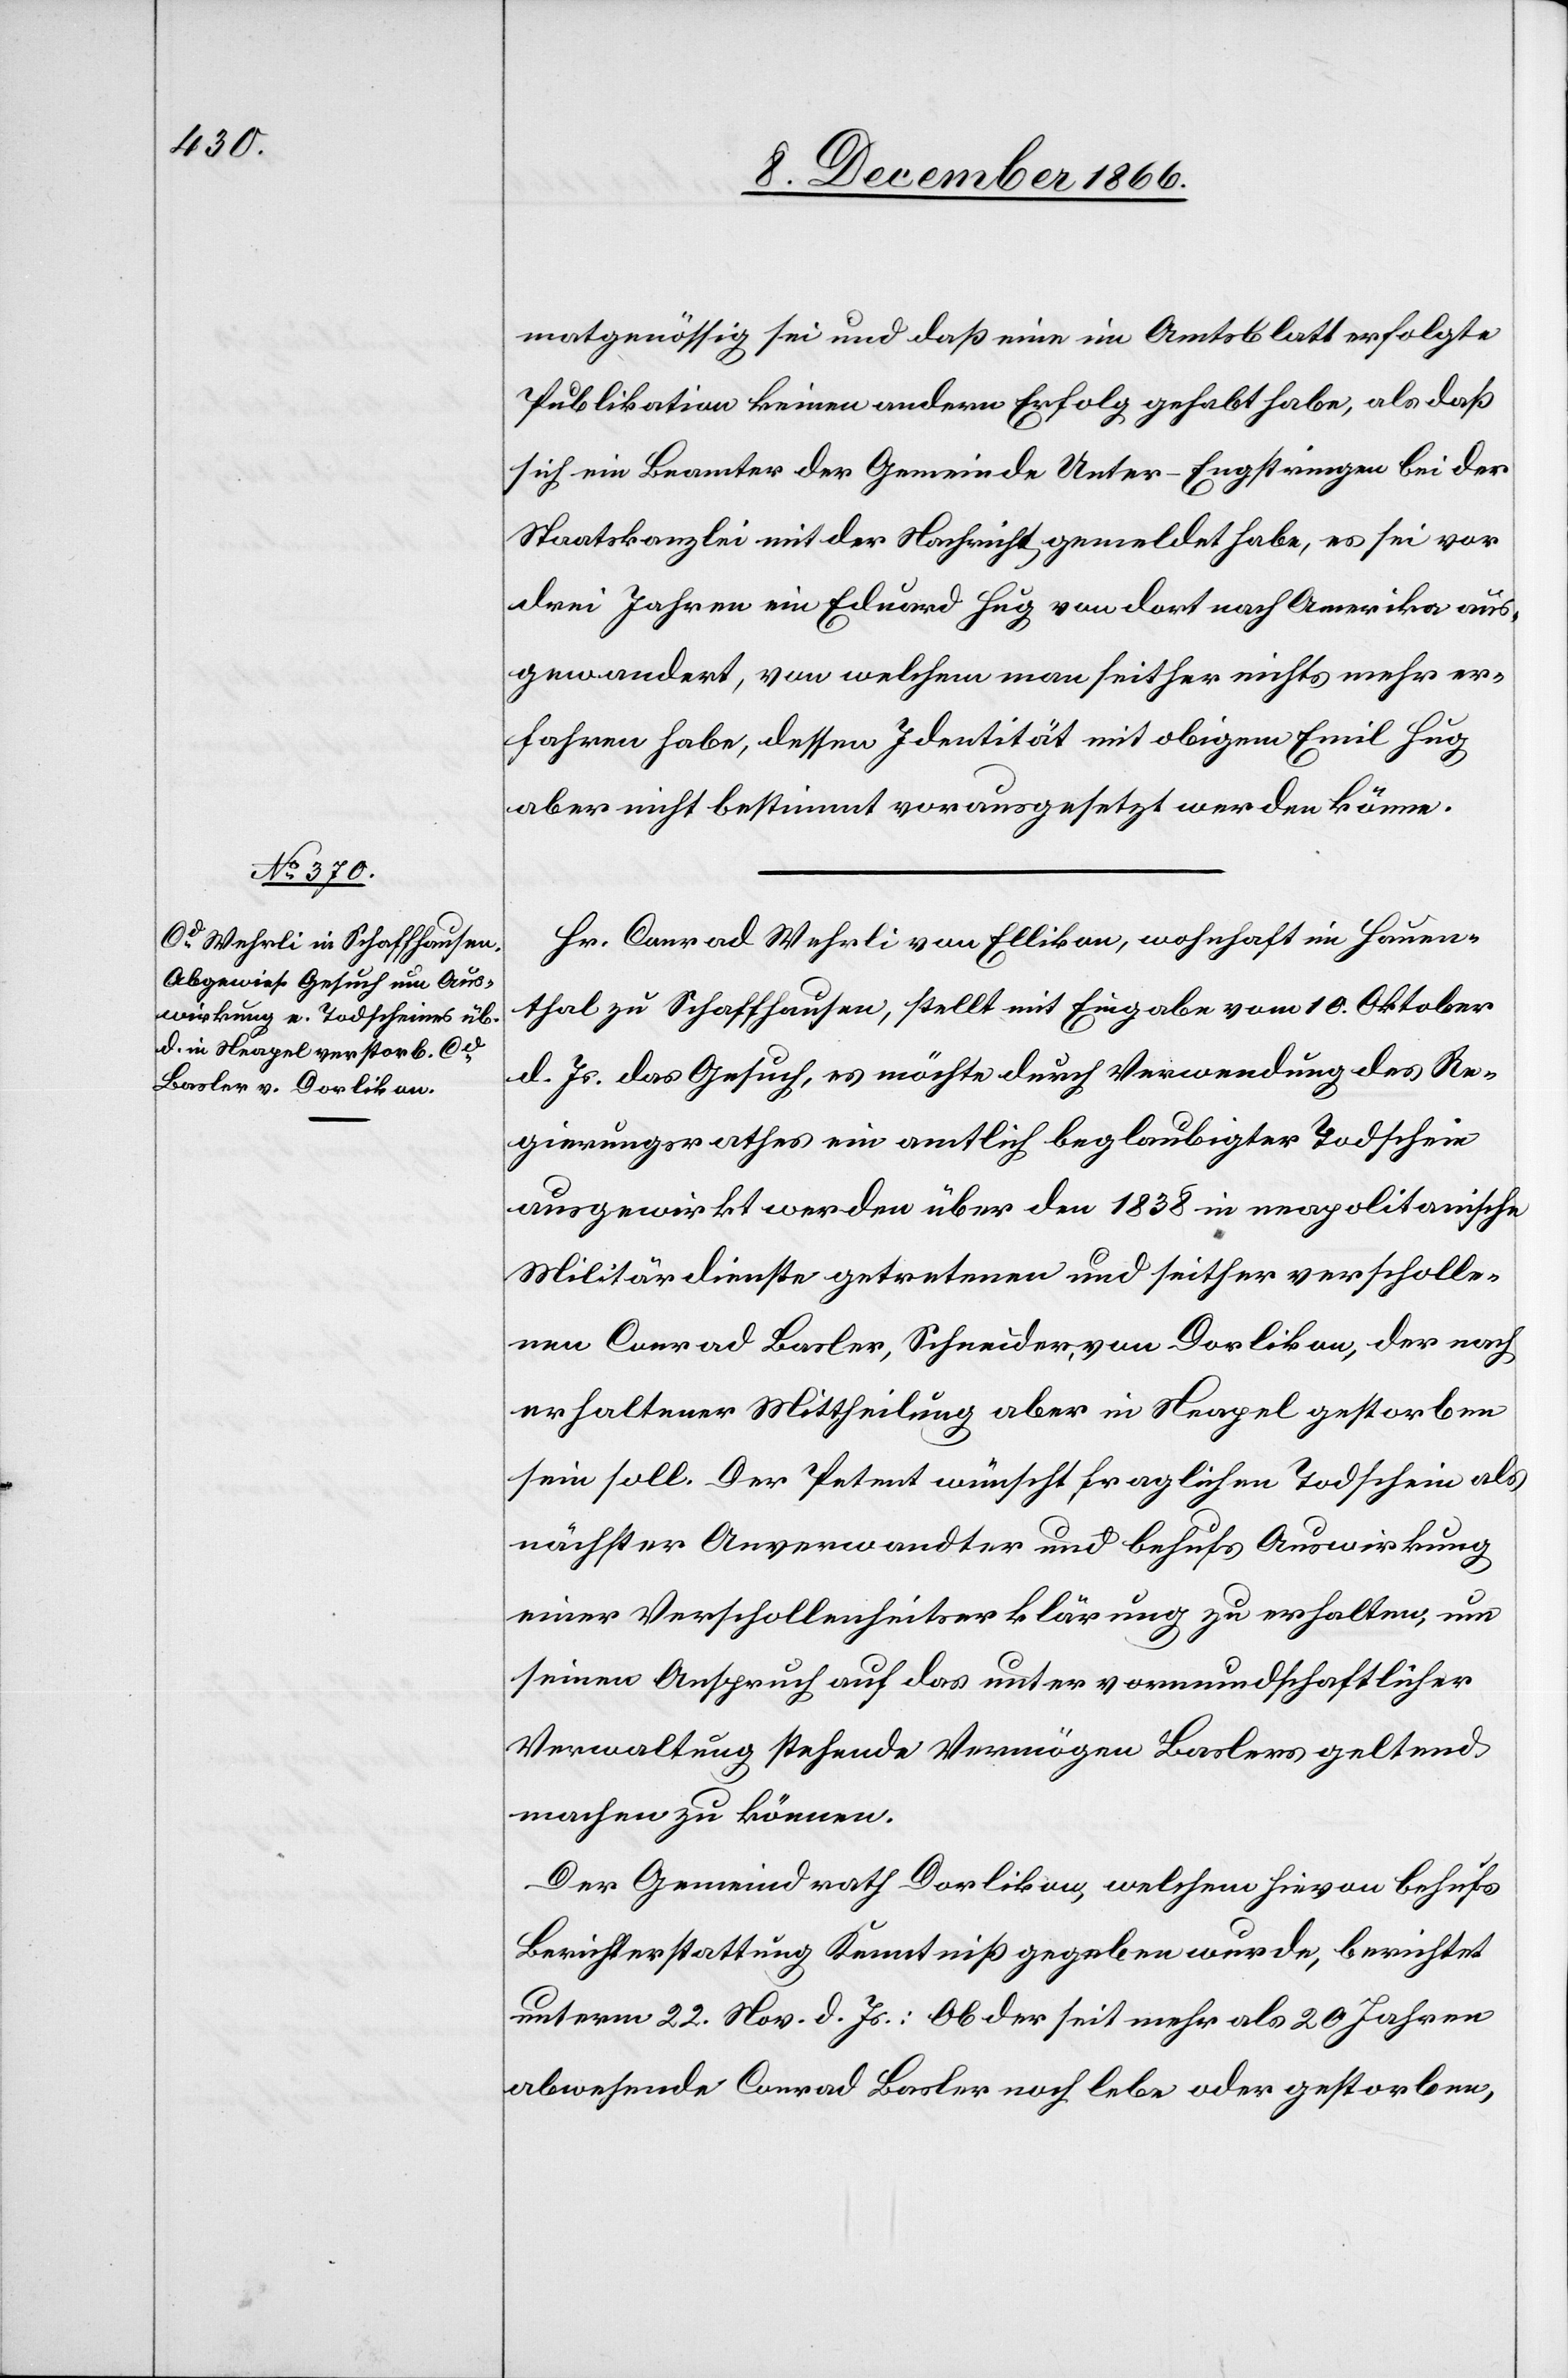
11. December 1866.]
matgenössig sei und daß eine im Amtsblatt erfolgte
Publikation keinen andern Erfolg gehabt habe, als daß
sich ein Beamter der Gemeinde Unter-Engstringen bei der
Staatskanzlei mit der Nachricht gemeldet habe, es sei vor
drei Jahren ein Eduard Hug von dort nach Amerika aus¬
gewandert, von welchem man seither nichts mehr er¬
fahren habe, dessen Identität mit obigem Emil Hug
aber nicht bestimmt vorausgesetzt werden könne.
Hr. Conrad Wehrli von Ellikon, wohnhaft im Hauen¬
thal zu Schaffhausen, stellt mit Eingabe vom 10. Oktober
d. Js. das Gesuch, es möchte durch Verwendung des Re¬
gierungsrathes ein amtlich beglaubigter Todschein
ausgewirkt werden über den 1838 in neapolitanische
Militärdienste getretenen und seither verscholle¬
nen Conrad Basler, Schneider, von Dorlikon, der nach
erhaltener Mittheilung aber in Neapel gestorben
sein soll. Der Petent wünscht fraglichen Todschein als
nächster Anverwandter und behufs Auswirkung
einer Verschollenheitserklärung zu erhalten, um
seinen Anspruch auf das unter vormundschaftlicher
Verwaltung stehende Vermögen Baslers geltend
machen zu können.
Der Gemeindrath Dorlikon, welchem hievon behufs
Berichterstattung Kenntniß gegeben wurde, berichtet
unterm 22. Nov. d. Js.: Ob der seit mehr als 20 Jahren
abwesende Conrad Basler noch lebe oder gestorben,